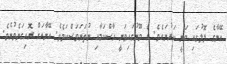
އޭނާގެ ލޮލުގައި ވަނީ ކަރުނައެވެ. އެ މޫނުގައިވަނީ ހާސްކަމާއި ނުތަނަވަސްކަމެވެ. އޭނާއަށް ރޮއިގަނެވުނެވެ.